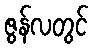
ဇွန်လတွင်